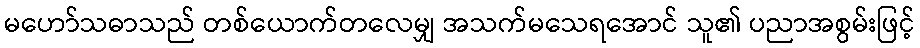
မဟော်သဓာသည် တစ်ယောက်တလေမျှ အသက်မသေရအောင် သူ၏ ပညာအစွမ်းဖြင့်